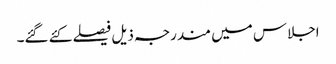
اجلاس میں مندرجہ ذیل فیصلے کئے گئے۔